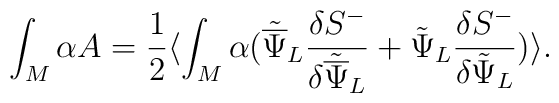
\int_M \alpha A = {1\over2}\langle\int_M \alpha({\tilde{\overline\Psi}}_L{{\delta{S}^-}\over{\delta{\tilde{\overline\Psi}}_L}} + {\tilde{\Psi}}_L{{\delta{S}^-}\over{\delta{\tilde{\Psi}}_L}})\rangle.